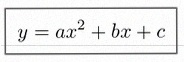
y=ax^2+bx+c